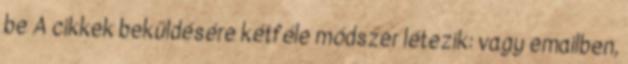
be A cikkek beküldésére kétféle módszer létezik: vagy emailben,